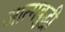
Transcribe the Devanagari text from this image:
आत्मबुद्धी